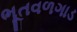
ભૂતવળગાડ